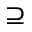
\supseteq